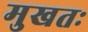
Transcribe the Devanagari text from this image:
मुखतः